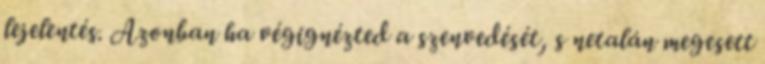
lejelentés. Azonban ha végignézted a szenvedését, s netalán megesett